Lunatic asylums Burma 1907-21 - 1907-1921
Year: 1907
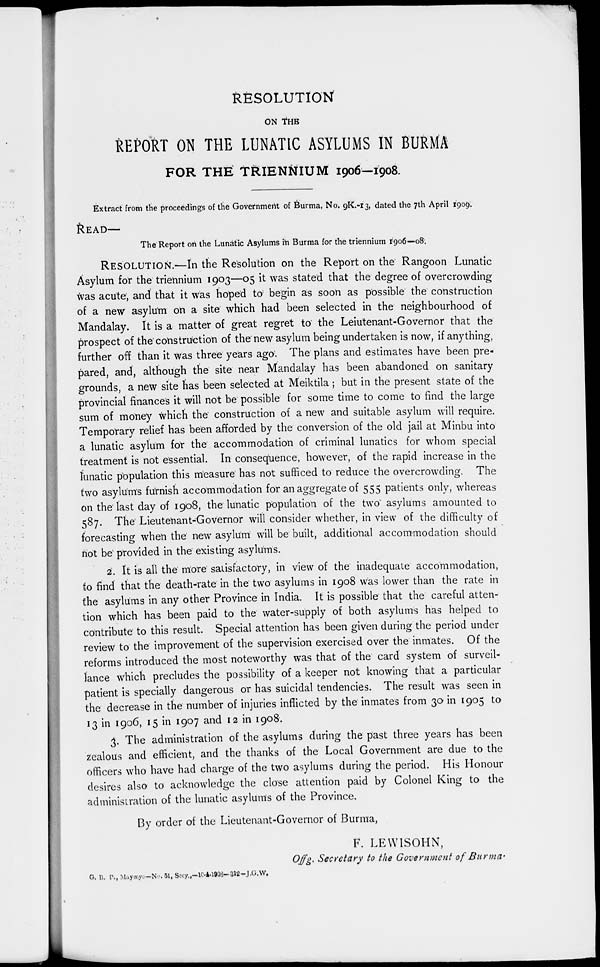
RESOLUTION
ON THE
REPORT ON THE LUNATIC ASYLUMS IN BURMA
FOR THE TRIENNIUM 1906—1908.
Extract from the proceedings of the Government of Burma, No. 9K.-13, dated the 7th April 1909.
READ—
The Report on the Lunatic Asylums in Burma for the triennium 1906—08.
RESOLUTION.—In the Resolution on the Report on the Rangoon Lunatic
Asylum for the triennium 1903—05 it was stated that the degree of overcrowding
was acute, and that it was hoped to begin as soon as possible the construction
of a new asylum on a site which had been selected in the neighbourhood of
Mandalay. It is a matter of great regret to the Leiutenant-Governor that the
prospect of the construction of the new asylum being undertaken is now, if anything,
further off than it was three years ago. The plans and estimates have been pre-
pared, and, although the site near Mandalay has been abandoned on sanitary
grounds, a new site has been selected at Meiktila ; but in the present state of the
provincial finances it will not be possible for some time to come to find the large
sum of money which the construction of a new and suitable asylum will require.
Temporary relief has been afforded by the conversion of the old jail at Minbu into
a lunatic asylum for the accommodation of criminal lunatics for whom special
treatment is not essential. In consequence, however, of the rapid increase in the
lunatic population this measure has not sufficed to reduce the overcrowding. The
two asylums furnish accommodation for an aggregate of 555 patients only, whereas
on the last day of 1908, the lunatic population of the two asylums amounted to
587.
The Lieutenant-Governor will consider whether, in view of the difficulty of
forecasting when the new asylum will be built, additional accommodation should
not be provided in the existing asylums.
2. It is all the more satisfactory, in view of the inadequate accommodation,
to find that the death-rate in the two asylums in 1908 was lower than the rate in
the asylums in any other Province in India. It is possible that the careful atten-
tion which has been paid to the water-supply of both asylums has helped to
contribute to this result. Special attention has been given during the period under
review to the improvement of the supervision exercised over the inmates. Of the
reforms introduced the most noteworthy was that of the card system of surveil-
lance which precludes the possibility of a keeper not knowing that a particular
patient is specially dangerous or has suicidal tendencies. The result was seen in
the decrease in the number of injuries inflicted by the inmates from 30 in 1905 to
13 in 1906, 15 in 1907 and 12 in 1908.
3. The administration of the asylums during the past three years has been
zealous and efficient, and the thanks of the Local Government are due to the
officers who have had charge of the two asylums during the period. His Honour
desires also to acknowledge the close attention paid by Colonel King to the
administration of the lunatic asylums of the Province.
By order of the Lieutenant-Governor of Burma,
F. LEWISOHN,
Offg. Secretary to the Government of
Burma.
G. B. P.,Maymyo—No.51,Secy.,—10.4.l903—312-J.G.W.